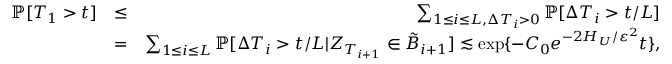
\begin{array} { r l r } { \mathbb { P } [ T _ { 1 } > t ] } & { \le } & { \sum _ { 1 \le i \le L , \Delta T _ { i } > 0 } \mathbb { P } [ \Delta T _ { i } > t / L ] } \\ & { = } & { \sum _ { 1 \le i \le L } \mathbb { P } [ \Delta T _ { i } > t / L | Z _ { T _ { i + 1 } } \in \tilde { B } _ { i + 1 } ] \lesssim \exp \{ - C _ { 0 } e ^ { - 2 H _ { U } / \varepsilon ^ { 2 } } t \} , } \end{array}